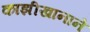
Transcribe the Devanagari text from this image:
काझीखानाने